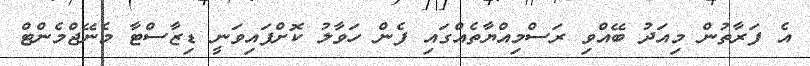
އެ ފަރާތުން މިއަދު ބޭއްވި ރަސްމިއްޔާތެއްގައި ފެން ހަވާލު ކޮށްފައިވަނީ ޑިޒާސްޓާ މެނޭޖްމެންޓް